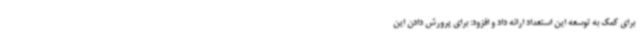
برای کمک به توسعه این استعداد ارائه داد و افزود: برای پرورش دادن این